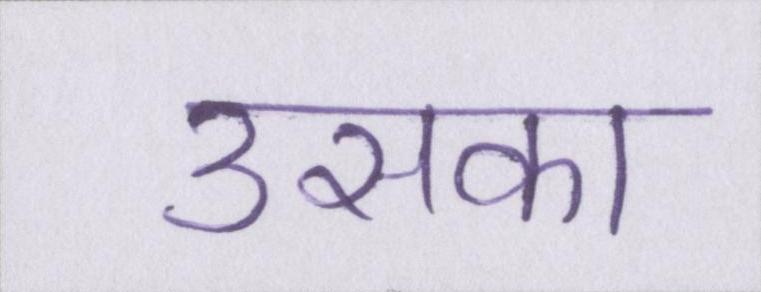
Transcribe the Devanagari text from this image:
उसका